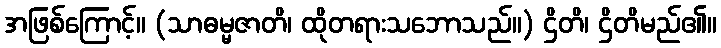
အဖြစ်ကြောင့်။ (သာဓမ္မဇာတိ၊ ထိုတရားသဘောသည်။) ဌိတိ၊ ဌိတိမည်၏။